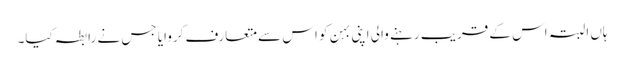
ہاں البتہ اس کے قریب رہنے والی اپنی بہن کو اس سے متعارف کروایا جس نے رابطہ کیا۔